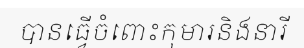
បានធ្វើចំពោះកុមារនិងនារី